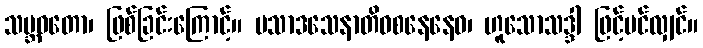
သမ္ဘဝတော၊ ဖြစ်ခြင်းကြောင့်။ ပသာဒသေနာတိဝစနေနေဝ၊ ဟူသောသဒ္ဒါ ဖြင့်ပင်လျှင်။